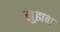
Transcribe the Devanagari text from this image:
लुह्मन